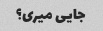
جایی میری؟